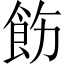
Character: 飭